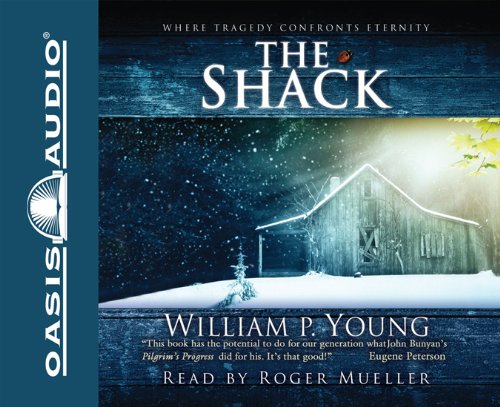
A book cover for The Shack: Where Tragedy Confronts Eternity; William Paul Young; Literature & Fiction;